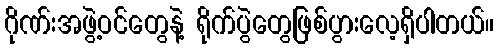
ဂိုဏ်းအဖွဲ့ဝင်တွေနဲ့ ရိုက်ပွဲတွေဖြစ်ပွားလေ့ရှိပါတယ်။